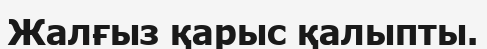
Жалғыз қарыс қалыпты.